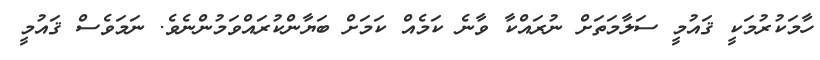
ހާމަކުރުމަކީ ޤައުމީ ސަލާމަތަށް ނުރައްކާ ވާނެ ކަމެއް ކަމަށް ބަޔާންކުރައްވަމުންނެވެ. ނަމަވެސް ޤައުމީ